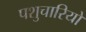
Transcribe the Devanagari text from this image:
पशुचारियों